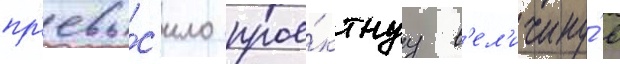
пр'евы́с'ило прое́ктнуу в'ел'ичину́ в